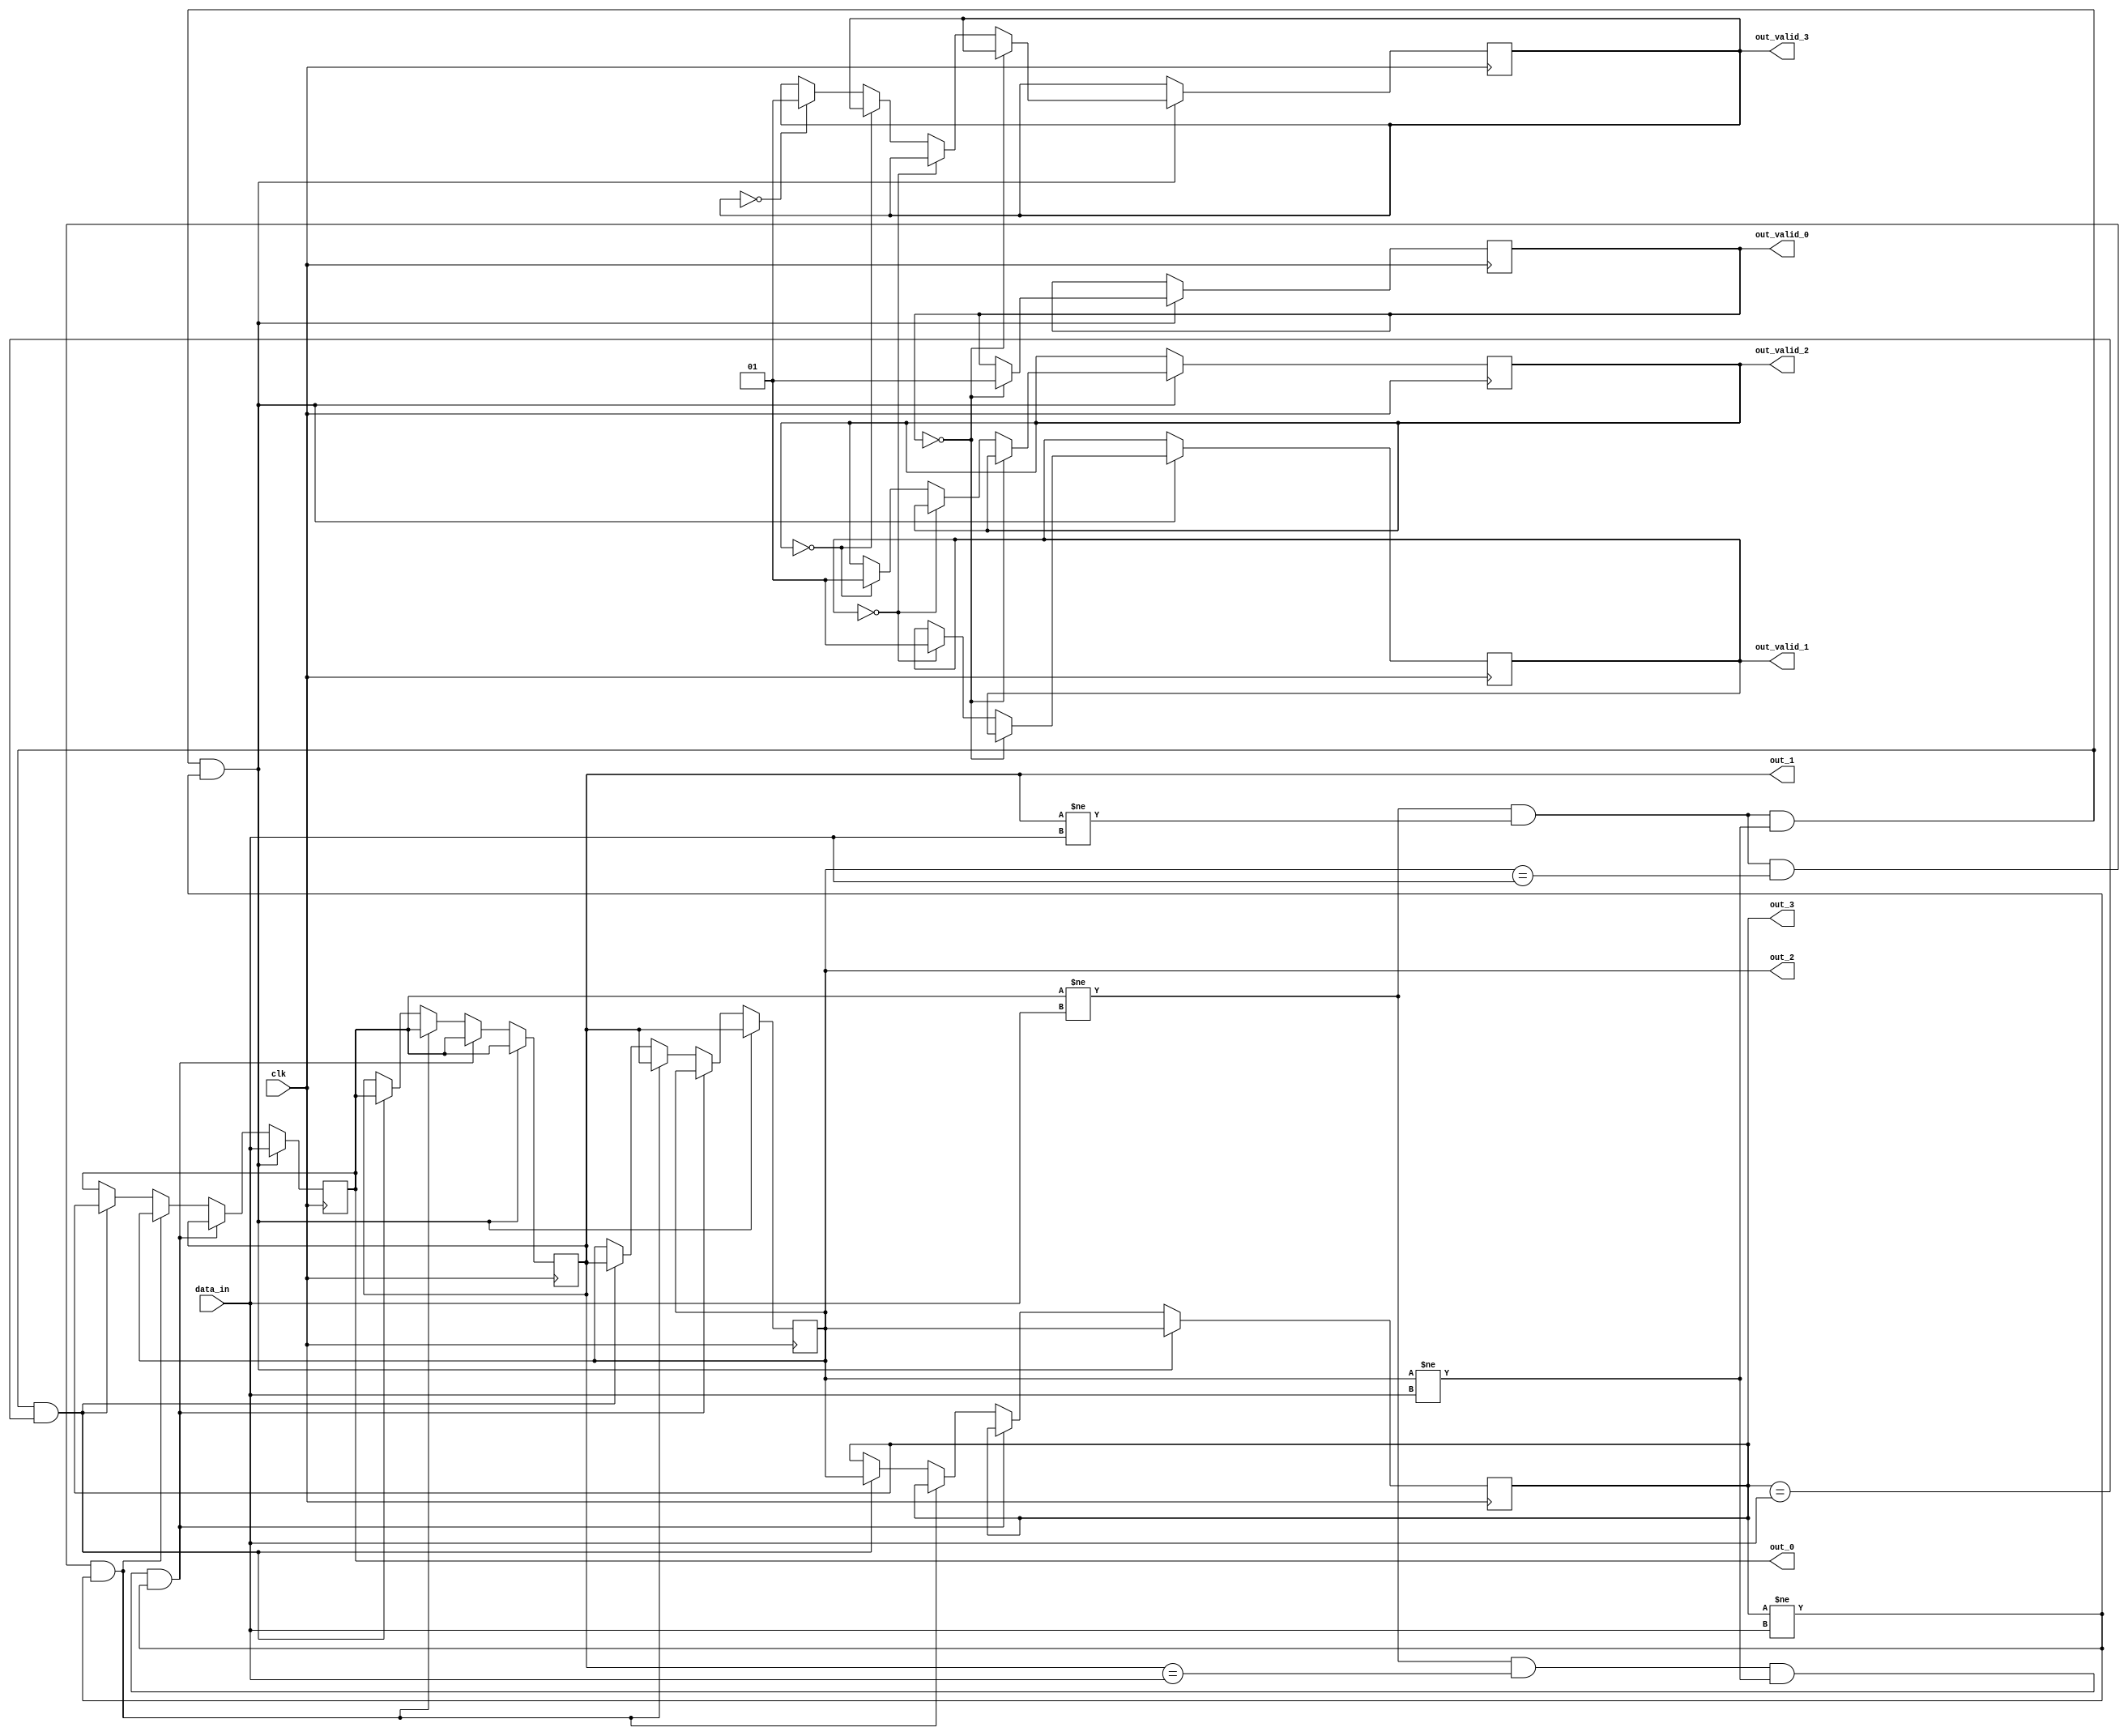


module last_unique_4 (
	input clk,  
	input  [7:0] data_in, 
	output  [7:0] out_0, 
	output  [7:0] out_1, 
	output  [7:0] out_2, 
	output  [7:0] out_3, 
	output  [1:0] out_valid_0, 
	output  [1:0] out_valid_1, 
	output  [1:0] out_valid_2, 
	output  [1:0] out_valid_3
);


reg  [7:0] data_out_0 = 0; 
reg  [7:0] data_out_1 = 0;
reg  [7:0] data_out_2 = 0; 
reg  [7:0] data_out_3 = 0; 
reg  [1:0] data_out_valid_0 = 0;
reg  [1:0] data_out_valid_1 = 0;
reg  [1:0] data_out_valid_2 = 0;
reg  [1:0] data_out_valid_3 = 0;
	


always @(posedge clk) begin
	
	if ((data_out_0 != data_in) && (data_out_1 != data_in) && (data_out_2 != data_in) && (data_out_3 != data_in) ) begin
        data_out_0 <=  data_in;
        data_out_1 <=  data_out_0;
        data_out_2 <=  data_out_1;
        data_out_3 <=  data_out_2;
        if (!data_out_valid_0) begin
            data_out_valid_0 <= 1;
        end else if (!data_out_valid_1) begin
            data_out_valid_1 <= 1;
        end else if (!data_out_valid_2) begin
            data_out_valid_2 <= 1;
        end else if (!data_out_valid_3) begin
            data_out_valid_3 <= 1;
        end 

        
	end else if ((data_out_0 != data_in) && (data_out_1 == data_in) && (data_out_2 != data_in) && (data_out_3 != data_in) ) begin
        data_out_0 <=  data_out_1;
        data_out_1 <=  data_out_0;
	end else if ((data_out_0 != data_in) && (data_out_1 != data_in) && (data_out_2 == data_in) && (data_out_3 != data_in) ) begin
        data_out_0 <=  data_out_2;
        data_out_1 <=  data_out_0;
        data_out_2 <=  data_out_1;
    end else if ((data_out_0 != data_in) && (data_out_1 != data_in) && (data_out_2 != data_in) && (data_out_3 == data_in) ) begin
        data_out_0 <=  data_out_3;
        data_out_1 <=  data_out_0;
        data_out_2 <=  data_out_1;
        data_out_3 <=  data_out_2;
	end 

end

assign out_0 = data_out_0;
assign out_1 = data_out_1;
assign out_2 = data_out_2;
assign out_3 = data_out_3;
assign out_valid_0 = data_out_valid_0;
assign out_valid_1 = data_out_valid_1;
assign out_valid_2 = data_out_valid_2;
assign out_valid_3 = data_out_valid_3;

endmodule